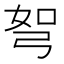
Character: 𭚯